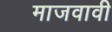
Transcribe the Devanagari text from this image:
माजवावी